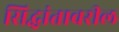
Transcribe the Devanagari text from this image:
सिद्धांतावरील